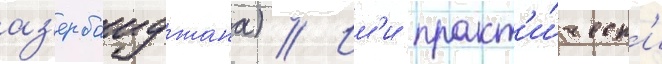
аз'ербаиджана) // Им'и практ'и́ческ'и